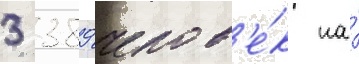
3 389 челов'е́к на́